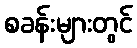
စခန်းများတွင်